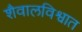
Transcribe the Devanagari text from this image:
शैवालविश्वात